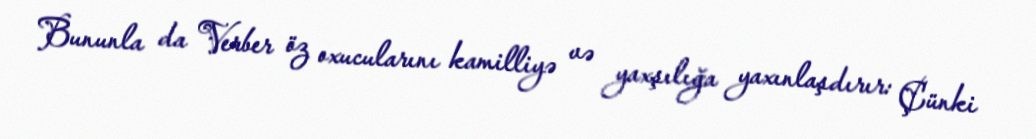
Bununla da Verber öz oxucularını kamilliyə və yaxşılığa yaxınlaşdırır: Çünki